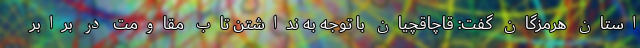
استان هرمزگان گفت: قاچاقچیان با توجه به نداشتن تاب مقاومت در برابر